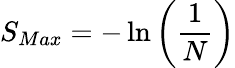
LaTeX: S_{Max}=-\ln\left(\frac{1}{N}\right)